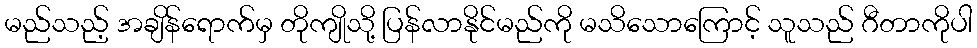
မည်သည့် အချိန်ရောက်မှ တိုကျိုသို့ ပြန်လာနိုင်မည်ကို မသိသောကြောင့် သူသည် ဂီတာကိုပါ